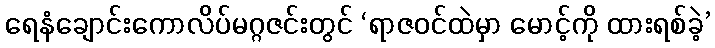
ရေနံချောင်းကောလိပ်မဂ္ဂဇင်းတွင် ‘ရာဇဝင်ထဲမှာ မောင့်ကို ထားရစ်ခဲ့’